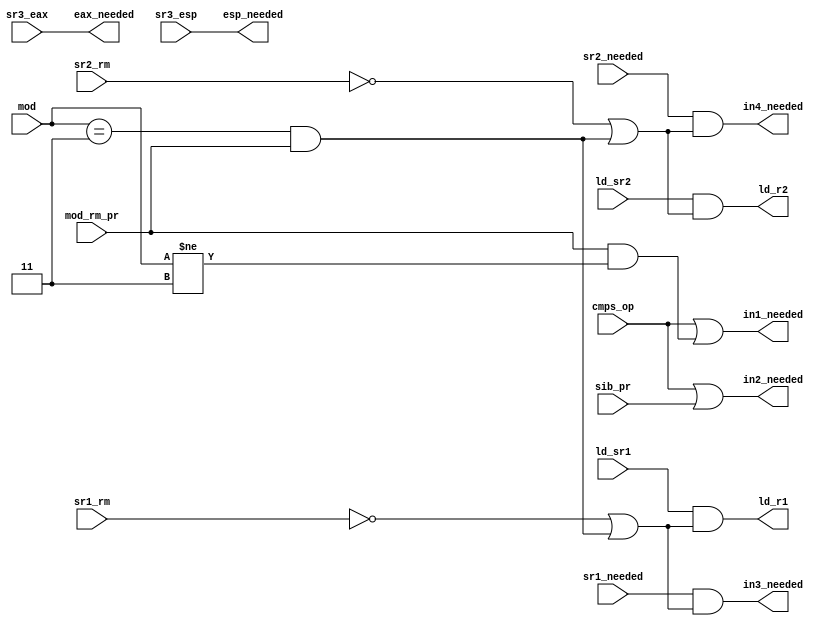
module dep_ld_reg    (cmps_op,
                          mod,
                          mod_rm_pr,
                          sib_pr, 
                          sr1_needed,
                          sr2_needed,
                          sr1_rm,
                          sr2_rm,
                          sr3_eax,
                          sr3_esp,
                          ld_sr1,
                          ld_sr2,
                          in1_needed,
                          in2_needed,
                          in3_needed, 
                          in4_needed, 
                          eax_needed, 
                          esp_needed,
                          ld_r1,
                          ld_r2
                          );

input      cmps_op;   
input [1:0]mod;
input      mod_rm_pr;
input      sib_pr;
input      sr1_needed;
input      sr2_needed;
input      sr1_rm;
input      sr2_rm;
input      sr3_eax;
input      sr3_esp;
input      ld_sr1;
input      ld_sr2;
output     in1_needed;
output     in2_needed;
output     in3_needed;
output     in4_needed;
output     eax_needed;
output     esp_needed;
output     ld_r1;
output     ld_r2;

assign in1_needed = cmps_op || (mod_rm_pr & (mod!=2'b11));
assign in2_needed = cmps_op || sib_pr;
assign in3_needed = sr1_needed & ((!sr1_rm) || ((mod==2'b11) & mod_rm_pr));
assign in4_needed = sr2_needed & ((!sr2_rm) || ((mod==2'b11) & mod_rm_pr));
assign eax_needed = sr3_eax;
assign esp_needed = sr3_esp;
assign ld_r1 = ld_sr1 & ( (!sr1_rm) || ((mod==2'b11) & mod_rm_pr));
assign ld_r2 = ld_sr2 & ( (!sr2_rm) || ((mod==2'b11) & mod_rm_pr));

endmodule